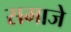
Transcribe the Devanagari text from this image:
समाजे